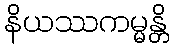
နိယဿကမ္မန္တိ